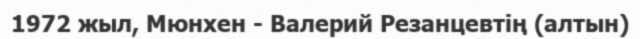
1972 жыл, Мюнхен - Валерий Резанцевтің (алтын)